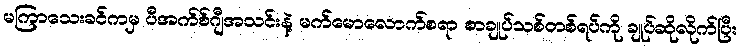
မကြာသေးခင်ကမှ ပီအက်စ်ဂျီအသင်းနဲ့ မက်မောလောက်စရာ စာချုပ်သစ်တစ်ရပ်ကို ချုပ်ဆိုလိုက်ပြီး